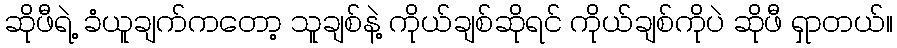
ဆိုဖီရဲ့ ခံယူချက်ကတော့ သူချစ်နဲ့ ကိုယ်ချစ်ဆိုရင် ကိုယ်ချစ်ကိုပဲ ဆိုဖီ ရှာတယ်။